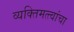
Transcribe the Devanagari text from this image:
व्यक्तिमत्त्वांचा